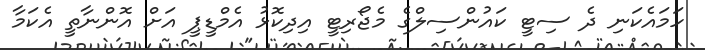
ހަމައެކަނި ދެ ސިޓީ ކައުންސިލްގެ މެޖޯރިޓީ އިދިކޮޅު އެމްޑީޕީ އަށް އޮންނާތީ އެކަމާ